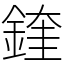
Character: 鍷